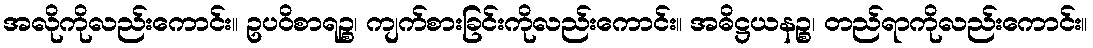
အလိုကိုလည်းကောင်း။ ဥပဝိစာရဉ္စ၊ ကျက်စားခြင်းကိုလည်းကောင်း။ အဓိဋ္ဌယနဉ္စ၊ တည်ရာကိုလည်းကောင်း။